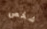
شخص